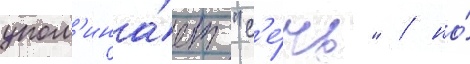
упом'ина́ет "с'е́чь" / но́